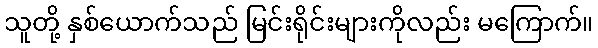
သူတို့ နှစ်ယောက်သည် မြင်းရိုင်းများကိုလည်း မကြောက်။